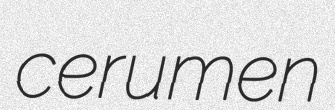
cerumen